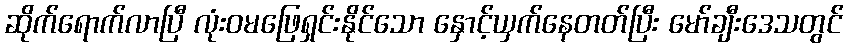
ဆိုက်ရောက်လာပြီ လုံးဝမဖြေရှင်းနိုင်သော နှောင့်ယှက်နေတတ်ပြီး မော်ချီးဒေသတွင်